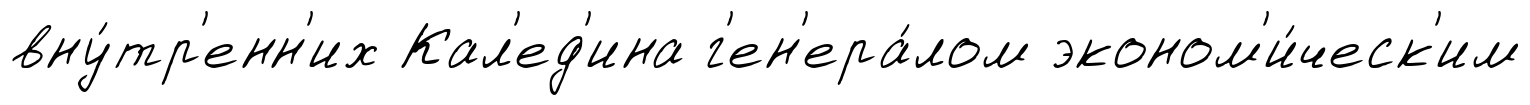
вну́тр'енн'их Кал'ед'ина г'ен'ера́лом эконом'и́ческ'им